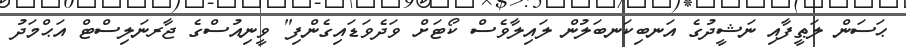
ޙަސަން ލަޠީފާއި ނަޝީދުގެ އަނބިކަނބަލުން ލައިލާވެސް ކޯޓަށް ވަދެވަޑައިގެންފި" ވީނިއުސްގެ ޖާރނަލިސްޓް އަޙްމަދު